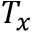
T _ { x }